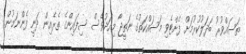
ތަސައްވުރު ބަދަލުކުރުމަށް ފެށްޓެވި މަސައްކަތުގެ ނަތީޖާ މިއަދުވެސް ސިފައިންގެ ތެރެއިން ދަނީ ފެންނަމުން.